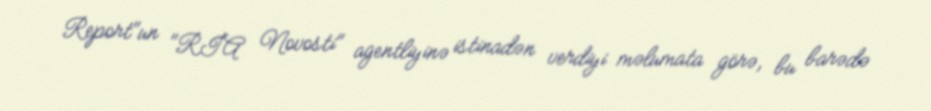
Report"un "RİA Novosti" agentliyinə istinadən verdiyi məlumata görə, bu barədə